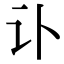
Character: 讣